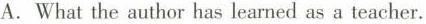
A. What the author has learmed as a teacher.